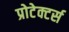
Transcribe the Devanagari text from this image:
प्रोटेक्टर्स